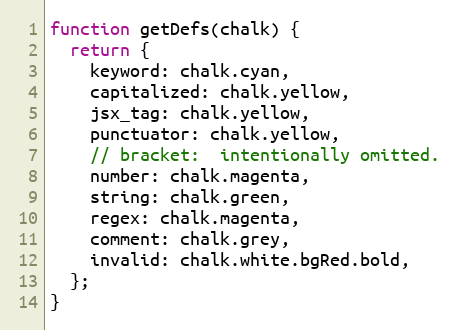
Language: JavaScript
function getDefs(chalk) {
  return {
    keyword: chalk.cyan,
    capitalized: chalk.yellow,
    jsx_tag: chalk.yellow,
    punctuator: chalk.yellow,
    // bracket:  intentionally omitted.
    number: chalk.magenta,
    string: chalk.green,
    regex: chalk.magenta,
    comment: chalk.grey,
    invalid: chalk.white.bgRed.bold,
  };
}